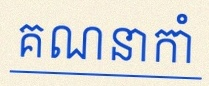
គណនាកាំ